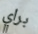
براي